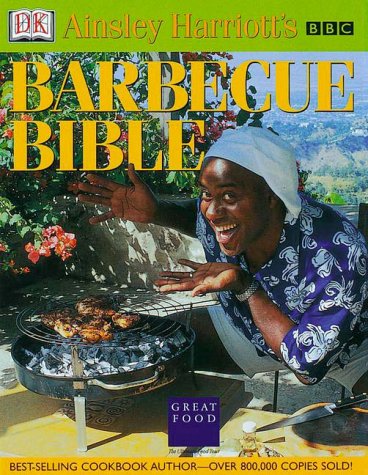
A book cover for Ainsley Harriott's Barbecue Bible; DK Publishing; Crafts, Hobbies & Home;